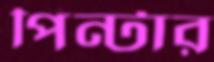
পিন্টার